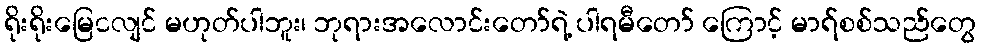
ရိုးရိုးမြေငလျင် မဟုတ်ပါဘူး၊ ဘုရားအလောင်းတော်ရဲ့ ပါရမီတော် ကြောင့် မာရ်စစ်သည်တွေ